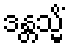
ဒန္တသ္မိံ